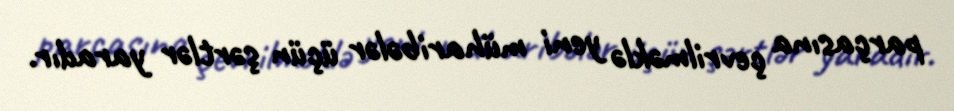
parçasına çevrilməklə yeni müharibələr üçün şərtlər yaradır.